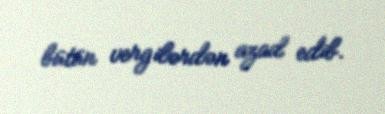
bütün vergilərdən azad edib.